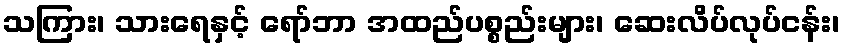
သကြား၊ သားရေနှင့် ရော်ဘာ အထည်ပစ္စည်းများ၊ ဆေးလိပ်လုပ်ငန်း၊